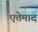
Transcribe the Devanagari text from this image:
एत्तेमाद